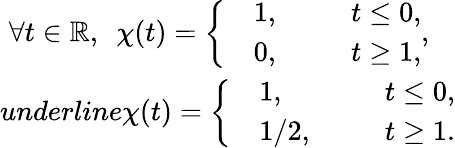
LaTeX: \begin{array}{r}{\forall t\in\mathbb R,\ \ \chi(t)=\left\{ \begin{array}{rlrl}&{1,\ \ }&&{t\leq 0,}\\ &{0,\ \ }&&{t\geq 1,}\end{array}\right.,\ \ \ }\\ {underline{\chi}(t)=\left\{ \begin{array}{rlrl}&{1,\ \ }&&{t\leq 0,}\\ &{1/2,\ \ }&&{t\geq 1.}\end{array}\right.}\end{array}